Report on vaccination in Madras 1877-1894 - 1877-1894
Year: 1877
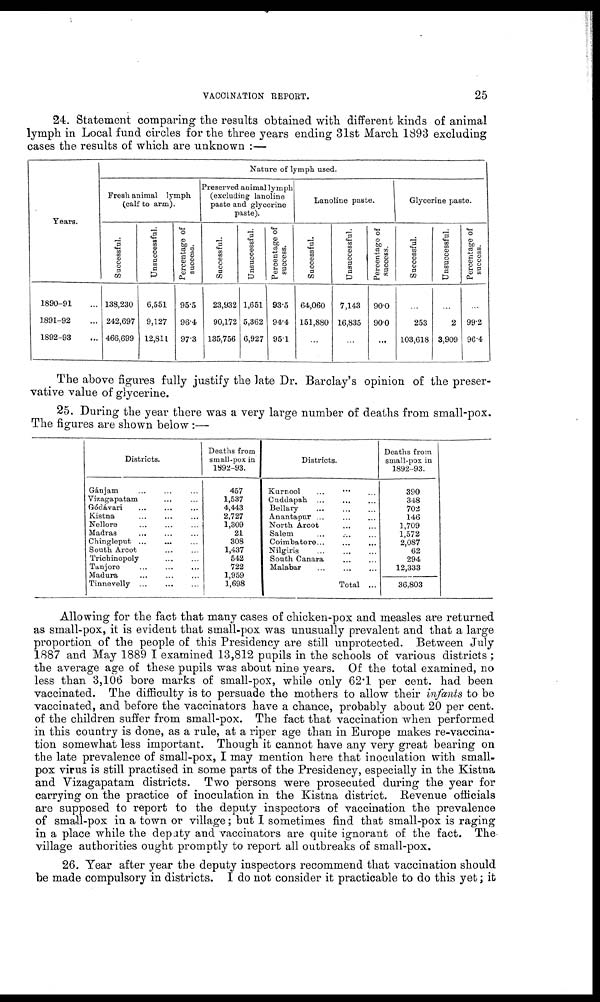
VACCINATION REPORT.
25
24. Statement comparing the results obtained with different kinds of animal
lymph in Local fund circles for the three years ending 31st March 1893 excluding
cases the results of which are unknown :—
Years.
1890-91 ...
1891-92 ...
1892-93 ...
Nature of lymph used.
Fresh animal lymph
(calf to arm).
Successful.
138,230
242,697
466,699
Unsuccessful.
6,551
9,127
12,811
Percentage of
success.
96.5
96.4
97.3
Preserved animal lymph
(excluding lanoline
paste and glycerine
paste).
Successful.
23,932
90,172
135,756
Unsuccessful.
1,651
5,362
6,927
Percentage of
success.
93.5
94.4
95.1
Lanoline paste.
Successful.
64,060
151,880
...
Unsuccessful.
7,143
16,835
...
Percentage of
success.
90.0
90.0
...
Glycerine paste.
Successful.
...
253
103,618
Unsuccessful.
...
2
3,909
Percentage of
success.
...
99.2
96.4
The above figures fully justify the late Dr. Barclay's opinion of the preser-
vative value of glycerine.
25. During the year there was a very large number of deaths from small-pox.
The figures are shown below :—
Districts.
Gánjam ... ... ...
Vizagapatam ... ...
Gódávari ... ... ...
Kistna ... ... ...
Nellore ... ... ...
Madras ... ... ...
Chingleput ...
... ...
South Arcot ... ...
Trichinopoly ... ...
Tanjore
...
...
...
Madura
Tinnevelly ... ... ...
Deaths from
small-pox in
1892-93.
457
1,537
4,443
2,727
1,309
21
308
1,437
542
722
1,959
1,698
Districts.
Kurnool ... ... ...
Cuddapah
...
...
...
Bellary
...
...
...
Anantapur ... ... ...
North Arcot
...
...
Salem ... ... ...
Coimbatore ... ... ...
Nilgiris ... ... ...
South Canara ... ... ...
Malabar
...
Total ...
Deaths from
small-pox in
1892-93.
390
348
702
146
1,709
1,572
2,087
62
294
12,333
36,803
Allowing for the fact that many cases of chicken-pox and measles are returned
as small-pox, it is evident that small-pox was unusually prevalent and that a large
proportion of the people of this Presidency are still unprotected. Between July
1887 and May 1889 I examined 13,812 pupils in the schools of various districts;
the average age of these pupils was about nine years. Of the total examined, no
less than 3,106 bore marks of small-pox, while only 62.1 per cent. had been
vaccinated. The difficulty is to persuade the mothers to allow their infants to be
vaccinated, and before the vaccinators have a chance, probably about 20 per cent.
of the children suffer from small-pox. The fact that vaccination when performed
in this country is done, as a rule, at a riper age than in Europe makes re-vaccina-
tion somewhat less important. Though it cannot have any very great bearing on
the late prevalence of small-pox, I may mention here that inoculation with small-
pox virus is still practised in some parts of the Presidency, especially in the Kistna
and Vizagapatam districts. Two persons were prosecuted during the year for
carrying on the practice of inoculation in the Kistna district. Revenue officials
are supposed to report to the deputy inspectors of vaccination the prevalence
of small-pox in a town or village; but I sometimes find that small-pox is raging
in a place while the deputy and vaccinators are quite ignorant of the fact. The
village authorities ought promptly to report all outbreaks of small-pox.
26. Year after year the deputy inspectors recommend that vaccination should
be made compulsory in districts. I do not consider it practicable to do this yet; it